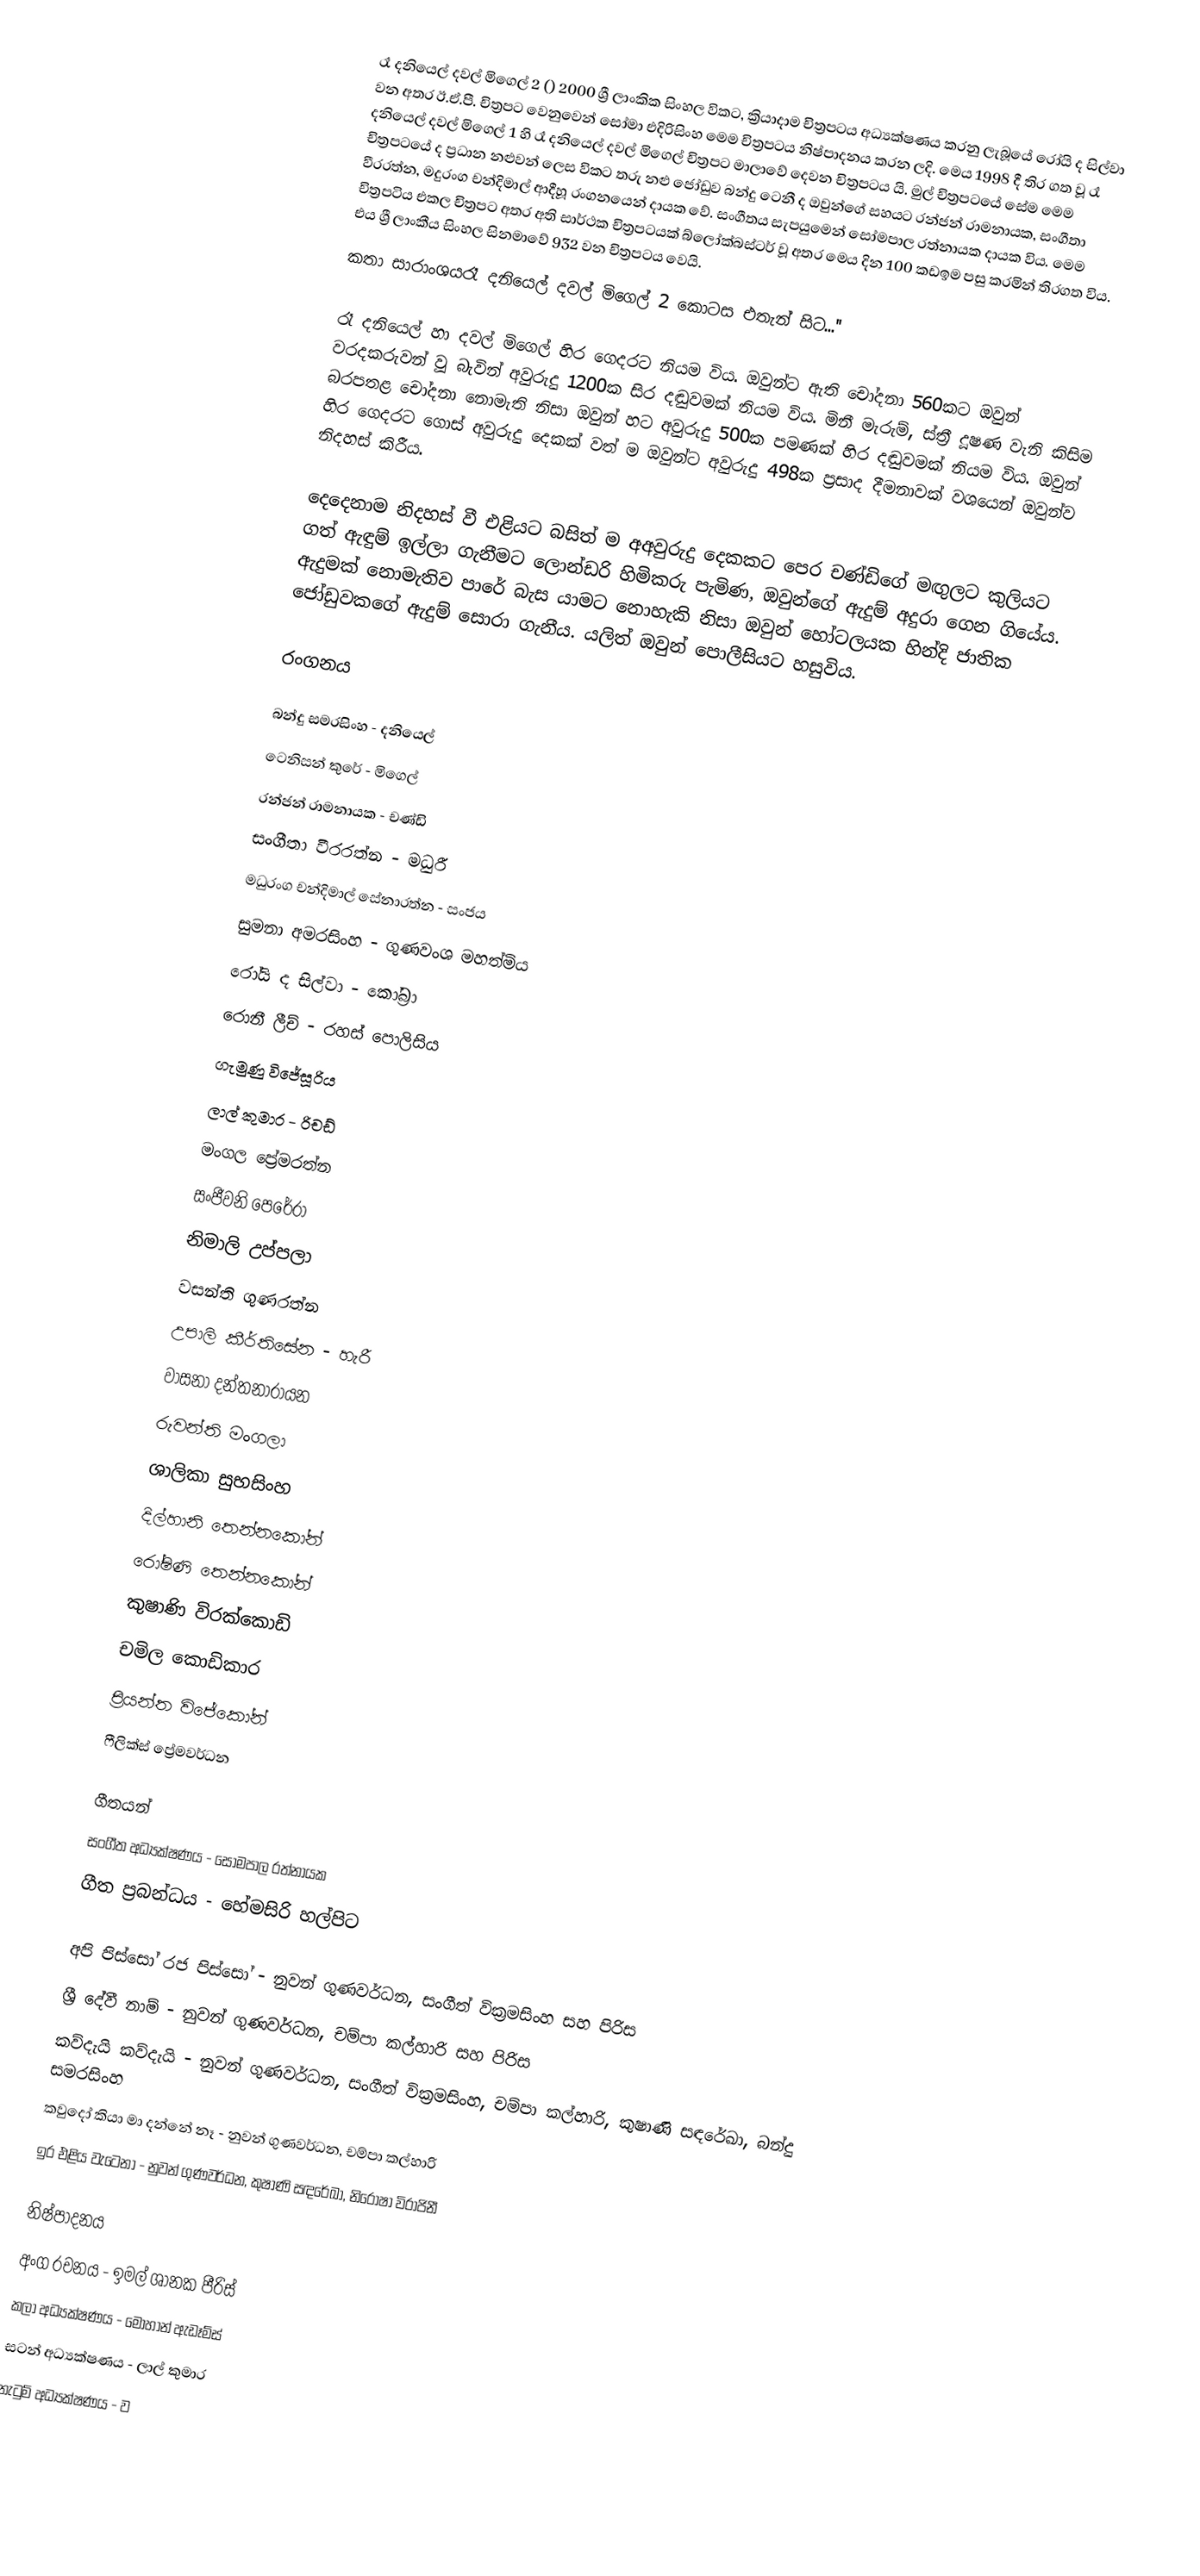
රෑ දනියෙල් දවල් මිගෙල් 2 () 2000 ශ්‍රී ලාංකික සිංහල විකට, ක්‍රියාදාම චිත්‍රපටය අධ්‍යක්ෂණය කරනු ලැබූයේ රෝයි ද සිල්වා වන අතර ඊ.ඒ.පී. චිත්‍රපට වෙනුවෙන් සෝමා එදිරිසිංහ මෙම චිත්‍රපටය නිෂ්පාදනය කරන ලදි. මෙය 1998 දී තිර ගත වූ රෑ දනියෙල් දවල් මිගෙල් 1 හි රෑ දනියෙල් දවල් මිගෙල් චිත්‍රපට මාලාවේ දෙවන චිත්‍රපටය යි. මුල් චිත්‍රපටයේ සේම මෙම චිත්‍රපටයේ ද ප්‍රධාන නළුවන් ලෙස විකට තරු නළු ජෝඩුව බන්දු ටෙනී ද ඔවුන්ගේ සහයට රන්ජන් රාමනායක, සංගීතා වීරරත්න, මදුරංග චන්දිමාල් ආදීහූ රංගනයෙන් දායක වේ. සංගීතය සැපයුමෙන් සෝමපාල රත්නායක දායක විය. මෙම චිත්‍රපටිය එකල චිත්‍රපට අතර අති සාර්ථක චිත්‍රපටයක් බ්ලෝක්බස්ටර් වූ අතර මෙය දින 100 කඩඉම පසු කරමින් තිරගත විය. එය ශ්‍රී ලාංකීය සිංහල සිනමාවේ 932 වන චිත්‍රපටය වෙයි.
කතා සාරාංශයරෑ දනියෙල් දවල් මිගෙල් 2 කොටස එතැන් සිට...''

රෑ දනියෙල් හා දවල් මිගෙල් හිර ගෙදරට නියම විය. ඔවුන්ට ඇති චෝදනා 560කට ඔවුන් වරදකරුවන් වූ බැවින් අවුරුදු 1200ක සිර දඬුවමක් නියම විය. මිනී මැරුම්, ස්ත්‍රී දූෂණ වැනි කිසිම බරපතළ චෝදනා නොමැති නිසා ඔවුන් හට අවුරුදු 500ක පමණක් හිර දඬුවමක් නියම විය. ඔවුන් හිර ගෙදරට ගොස් අවුරුදු දෙකක් වත් ම ඔවුන්ට අවුරුදු 498ක ප්‍රසාද දීමනාවක් වශයෙන් ඔවුන්ව නිදහස් කිරීය.

දෙදෙනාම නිදහස් වී එළියට බසිත් ම අඅවුරුදු දෙකකට පෙර චණ්ඩිගේ මඟුලට කුලියට ගත් ඇඳුම් ඉල්ලා ගැනීමට ලොන්ඩරි හිමිකරු පැමිණ, ඔවුන්ගේ ඇදුම් අදුරා ගෙන ගියේය. ඇදුමක් නොමැතිව පාරේ බැස යාමට නොහැකි නිසා ඔවුන් හෝටලයක හින්දි ජාතික ජෝඩුවකගේ ඇදුම් සොරා ගැනීය. යලිත් ඔවුන් පොලීසියට හසුවිය.

රංගනය

බන්දු සමරසිංහ - දනියෙල්
ටෙනිසන් කුරේ - මිගෙල්
රන්ජන් රාමනායක - චණ්ඩි
සංගීතා වීරරත්න - මධුරී
මධුරංග චන්දිමාල් සේනාරත්න - සංජය
සුමනා අමරසිංහ - ගුණවංශ මහත්මිය
රෝයි ද සිල්වා - කෝබ්‍රා
රොනී ලීච් - රහස් පොලිසිය
ගැමුණු විජේසූරිය
ලාල් කුමාර - රිචඩ්
මංගල ප්‍රේමරත්න
සංජීවනි පෙරේරා
නිමාලි උප්පලා
වසන්ති ගුණරත්න
උපාලි කීර්තිසේන - හැරී
වාසනා දන්තනාරායන
රුවන්ති මංගලා
ශාලිකා සුභසිංහ
දිල්හානි තෙන්නකෝන්
රෝෂිණි තෙන්නකෝන්
කුෂාණි විරක්කොඩි
චමිල කොඩිකාර
ප්‍රියන්ත විජේකෝන්
ෆීලික්ස් ප්‍රේමවර්ධන

ගීතයන්
සංගීත අධ්‍යක්ෂණය - සෝමපාල රත්නායක
ගීත ප්‍රබන්ධය - හේමසිරි හල්පිට

අපි පිස්සෝ රජ පිස්සෝ - නුවන් ගුණවර්ධන, සංගීත් වික්‍රමසිංහ සහ පිරිස
ශ්‍රී දේවී නාම් - නුවන් ගුණවර්ධන, චම්පා කල්හාරි සහ පිරිස
කව්දැයි කව්දැයි - නුවන් ගුණවර්ධන, සංගීත් වික්‍රමසිංහ, චම්පා කල්හාරි, කුෂාණි සඳරේඛා, බන්දු සමරසිංහ
කවුදෝ කියා මා දන්නේ නෑ - නුවන් ගුණවර්ධන, චම්පා කල්හාරි
ඉර එළිය වැටෙනා - නුවන් ගුණවර්ධන, කුෂාණි සඳරේඛා, නිරෝෂා විරාජිනී

නිෂ්පාදනය
අංග රචනය - ඉමල් ශානක පීරිස්
කලා අධ්‍යක්ෂණය - මොහාන් ඇඩෑම්ස්
සටන් අධ්‍යක්ෂණය - ලාල් කුමාර
නැටුම් අධ්‍යක්ෂණය - ව